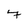
Character: 7